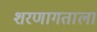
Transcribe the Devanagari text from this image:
शरणागताला